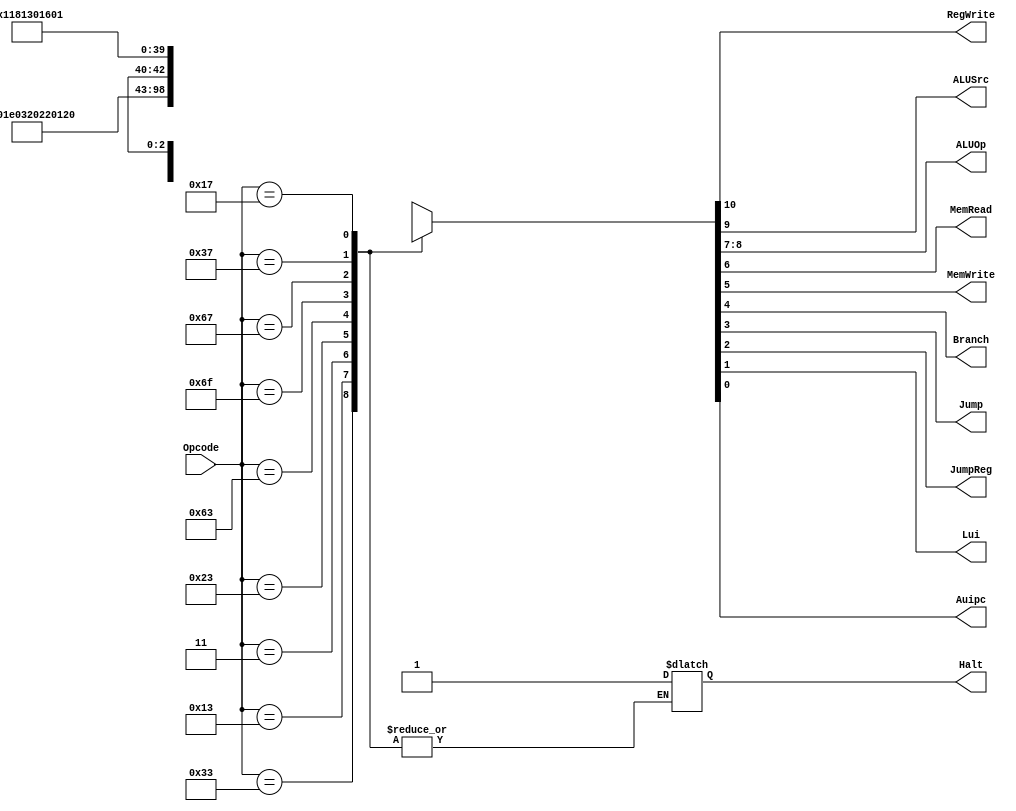
module Control (
    input      [6:0] Opcode,
    output           RegWrite,
    output           ALUSrc,    // 0:rs2 1:imm
    output     [1:0] ALUOp,     // 00:add 01:sub 10:R-type 11:I-type
    output           MemRead,   // Load
    output           MemWrite,  // Store
    output           Branch,    // Branch
    output           Jump,      // jal
    output           JumpReg,   // jalr
    output           Lui,       // lui
    output           Auipc,     // auipc
    output reg       Halt       // halt
);

    initial Halt = 1'b0;
    reg [10:0] control;
    assign {RegWrite, ALUSrc, ALUOp[1:0], MemRead, MemWrite, Branch, Jump, JumpReg, Lui, Auipc} = control[10:0];
    always @(*) begin
        case (Opcode)
            7'b0110011: control <= 11'b10_10_0000000;  // R-type
            7'b0010011: control <= 11'b11_11_0000000;  // I-type
            7'b0000011: control <= 11'b11_00_1000000;  // Load  
            7'b0100011: control <= 11'b01_00_0100000;  // Store
            7'b1100011: control <= 11'b00_01_0010000;  // Branch
            7'b1101111: control <= 11'b1x_xx_0001000;  // jal
            7'b1100111: control <= 11'b11_00_0000100;  // jalr
            7'b0110111: control <= 11'b11_00_0000010;  // lui
            7'b0010111: control <= 11'b11_00_0000001;  // auipc
            default: begin
                Halt <= 1'b1; // 
                control <= 11'bxxxxxxxxxxx;
            end
        endcase
    end
endmodule